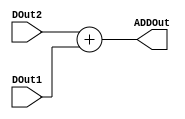
/* Module for 8-bit adder */
module adder(ADDOut, DOut2, DOut1);

/* Define I/O */
output [7:0]ADDOut;
input [7:0]DOut2; 
input [7:0]DOut1;

assign ADDOut = DOut2 + DOut1;

endmodule